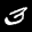
Label: 3